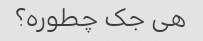
هی جک چطوره؟